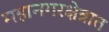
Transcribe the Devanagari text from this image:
महानगरक्षेत्रात